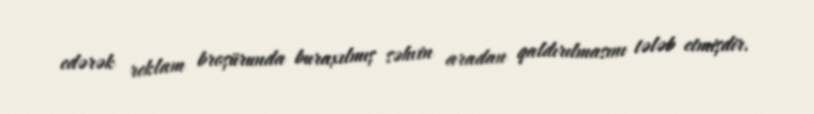
edərək reklam broşürunda buraxılmış səhvin aradan qaldırılmasını tələb etmişdir.